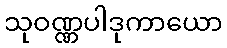
သုဝဏ္ဏပါဒုကာယော